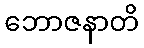
ဘောဇနာတိ